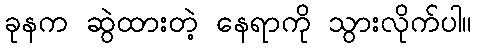
ခုနက ဆွဲထားတဲ့ နေရာကို သွားလိုက်ပါ။